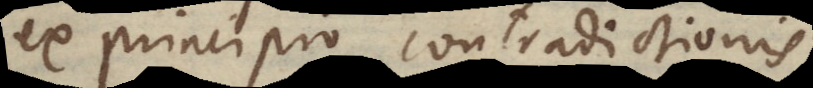
ex principio contradictionis.